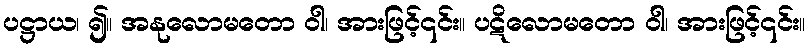
ပဋ္ဌာယ၊ ၍။ အနုလောမတော ဝါ၊ အားဖြင့်၎င်း။ ပဋိလောမတော ဝါ၊ အားဖြင့်၎င်း။